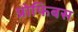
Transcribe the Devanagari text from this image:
प्रोफिबस